Civil Veterinary Department Bihar & Orissa reports 1929-36 - 1929-1936
Year: 1929
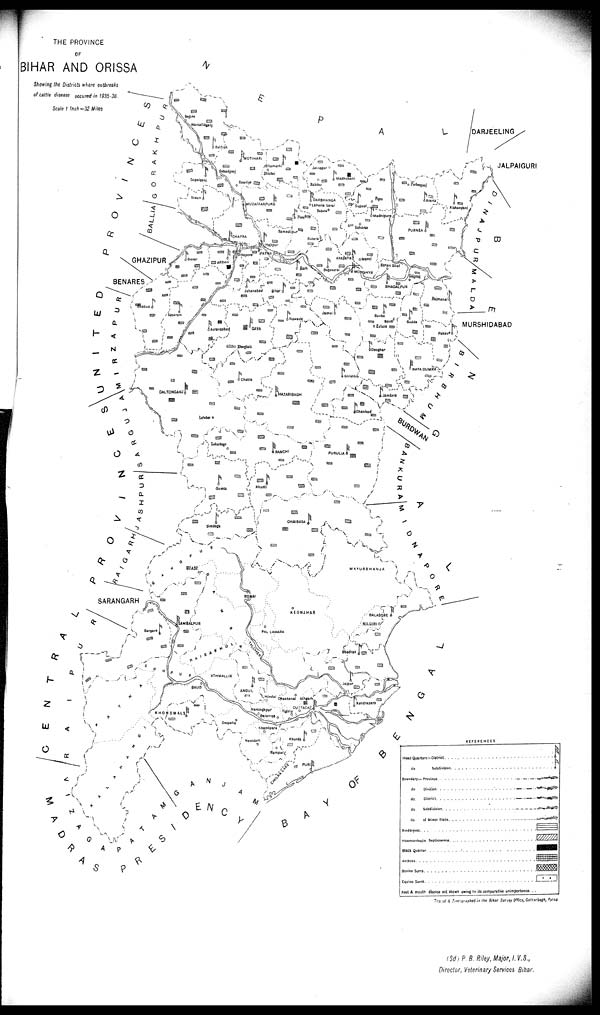
THE PROVINCE
OF
BIHAR AND ORISSA
Showing the Districts where outbreaks
of cattle disease occured in 1935-36.
Scale 1 Inch = 32 Miles
(Sd, P. B. Riley, Major, I.V.S.,
Director. Veterinary Services Bihar.